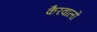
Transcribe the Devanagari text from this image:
कैरवालों